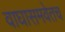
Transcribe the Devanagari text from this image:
वाघासमवेतच